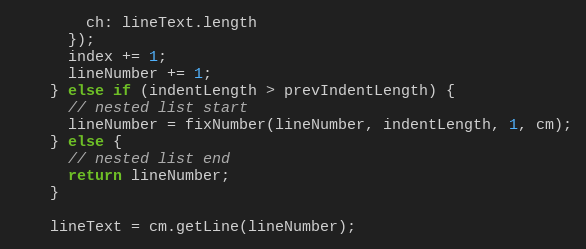
Language: JavaScript
        ch: lineText.length
      });
      index += 1;
      lineNumber += 1;
    } else if (indentLength > prevIndentLength) {
      // nested list start
      lineNumber = fixNumber(lineNumber, indentLength, 1, cm);
    } else {
      // nested list end
      return lineNumber;
    }

    lineText = cm.getLine(lineNumber);